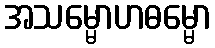
အသမ္မောဟဓမ္မော